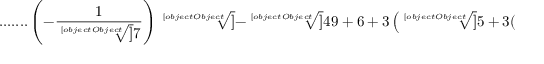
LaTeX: { \mathrm { . . . . . . . } } \left( - { \frac { 1 } { \sqrt [ [object Object] ] { 7 } } } \right) { \sqrt [ [object Object] ] { - { \sqrt [ [object Object] ] { 4 9 } } + 6 + 3 \left( { \sqrt [ [object Object] ] { 5 + 3 ( { \sqrt [ [object Object] ] { 7 } } - { \sqrt [ [object Object] ] { 4 9 } } ) } } + { \sqrt [ [object Object] ] { - 3 + 3 ( { \sqrt [ [object Object] ] { 7 } } - { \sqrt [ [object Object] ] { 4 9 } } ) } } \right) } }